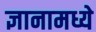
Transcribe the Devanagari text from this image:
ज्ञानामध्ये